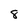
Character: 8